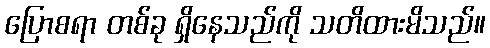
ပြောစရာ တစ်ခု ရှိနေသည်ကို သတိထားမိသည်။